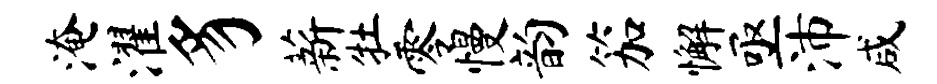
淹濯豸薪牡零慢韵笳懈亟沛咸